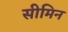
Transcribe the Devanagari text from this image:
सीमिन